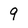
Character: 9